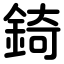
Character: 錡